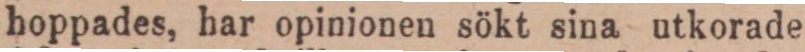
hoppades, har opinionen sökt sina utkorade